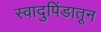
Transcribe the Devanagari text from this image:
स्वादुपिंडातून